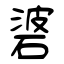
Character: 碆